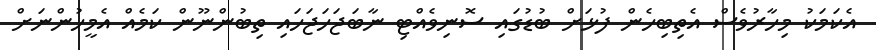
އެކަމަކު މިހާރުވެސް އެތިބިހެން ފުޅަށް ބުޑުގައި ސޮނިވެއްޓި ނާބަޖަހަޖަހައި ތިބުންނޫން ކަމެއް އެމީހުންނަށް